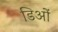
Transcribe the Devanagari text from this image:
डिओं